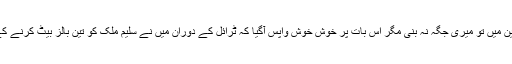
پاکستان کی انڈر نائنٹین میں تو میری جگہ نہ بنی مگر اس بات پر خوش خوش واپس آگیا کہ ٹرائل کے دوران میں نے سلیم ملک کو تین بالز بیٹ کرنے کے بعد آوٹ کردیا تھا۔